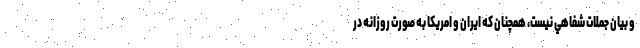
و بيان جملات شفاهي نيست، همچنان كه ايران و امريكا به صورت روزانه در